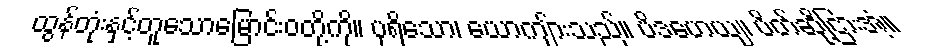
ထွန်တုံးနှင့်တူသောမြောင်းဝတို့ကို။ ပုရိသော၊ ယောကျ်ားသည်။ ပိဒဟေယျ၊ ပိတ်ဆို့ငြားအံ့။